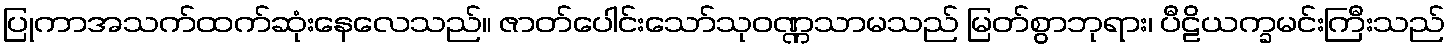
ပြုကာအသက်ထက်ဆုံးနေလေသည်။ ဇာတ်ပေါင်းသော်သုဝဏ္ဏသာမသည် မြတ်စွာဘုရား၊ ပီဠိယက္ခမင်းကြီးသည်